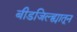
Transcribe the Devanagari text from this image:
बीडजिल्ह्यातून